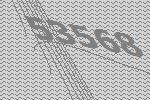
53568